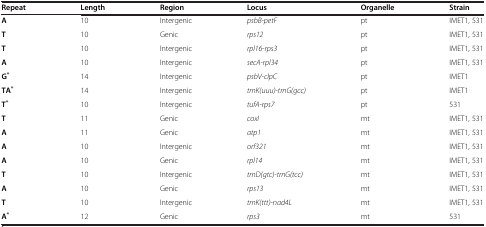
<table><thead><tr><td><b>Repeat</b></td><td><b>Length</b></td><td><b>Region</b></td><td><b>Locus</b></td><td><b>Organelle</b></td><td><b>Strain</b></td></tr></thead><tbody><tr><td><b>A</b></td><td>10</td><td>Intergenic</td><td><i>psbB-petF</i></td><td>pt</td><td>IMET1, 531</td></tr><tr><td><b>T</b></td><td>10</td><td>Genic</td><td><i>rps12</i></td><td>pt</td><td>IMET1, 531</td></tr><tr><td><b>T</b></td><td>10</td><td>Intergenic</td><td><i>rpl16-rps3</i></td><td>pt</td><td>IMET1, 531</td></tr><tr><td><b>A</b></td><td>10</td><td>Intergenic</td><td><i>secA-rpl34</i></td><td>pt</td><td>IMET1, 531</td></tr><tr><td><b>G</b><sup><b>*</b></sup></td><td>14</td><td>Intergenic</td><td><i>psbV-clpC</i></td><td>pt</td><td>IMET1</td></tr><tr><td><b>TA</b><sup><b>*</b></sup></td><td>14</td><td>Intergenic</td><td><i>trnK(uuu)-trnG(gcc)</i></td><td>pt</td><td>IMET1</td></tr><tr><td><b>T</b><sup><b>*</b></sup></td><td>10</td><td>Intergenic</td><td><i>tufA-rps7</i></td><td>pt</td><td>531</td></tr><tr><td><b>T</b></td><td>11</td><td>Genic</td><td><i>coxI</i></td><td>mt</td><td>IMET1, 531</td></tr><tr><td><b>A</b></td><td>11</td><td>Genic</td><td><i>atp1</i></td><td>mt</td><td>IMET1, 531</td></tr><tr><td><b>A</b></td><td>10</td><td>Intergenic</td><td><i>orf321</i></td><td>mt</td><td>IMET1, 531</td></tr><tr><td><b>A</b></td><td>10</td><td>Genic</td><td><i>rpl14</i></td><td>mt</td><td>IMET1, 531</td></tr><tr><td><b>T</b></td><td>10</td><td>Intergenic</td><td><i>trnD(gtc)-trnG(tcc)</i></td><td>mt</td><td>IMET1, 531</td></tr><tr><td><b>A</b></td><td>10</td><td>Genic</td><td><i>rps13</i></td><td>mt</td><td>IMET1, 531</td></tr><tr><td><b>T</b></td><td>10</td><td>Intergenic</td><td><i>trnK(ttt)-nad4L</i></td><td>mt</td><td>IMET1, 531</td></tr><tr><td><b>A</b><sup><b>*</b></sup></td><td>12</td><td>Genic</td><td><i>rps3</i></td><td>mt</td><td>531</td></tr></tbody></table>